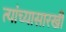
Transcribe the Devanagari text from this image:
त्यांच्यासारखी